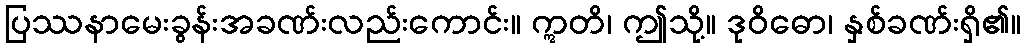
ပြဿနာမေးခွန်းအခဏ်းလည်းကောင်း။ ဣတိ၊ ဤသို့။ ဒုဝိဓော၊ နှစ်ခဏ်းရှိ၏။